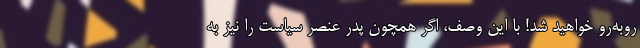
روبه‌رو خواهید شد! با این وصف، اگر همچون پدر عنصر سیاست را نیز به